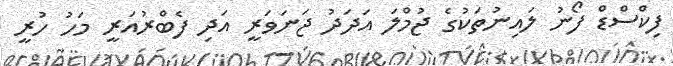
ފިކްސްޑް ފޯނު ލައިނުތަކުގެ ޖުމްލަ އަދަދު ޖަނަވަރީ އަދި ފެބްރުއަރީ މަހު ހުރީ